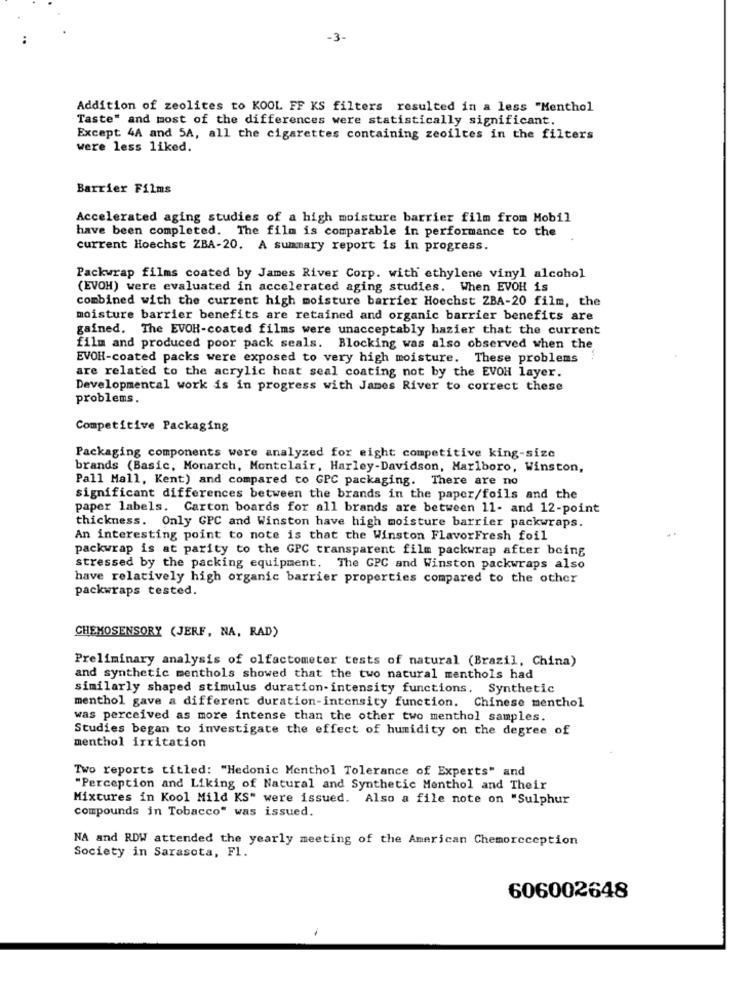
-3-
Addition of zeolites to KOOL FF KS filters resulted in a less "Menthol
Taste" and most of the differences were statistically significant.
Except 4A and 5A, all the cigarettes containing zeoiltes in the filters
were less liked.
Barrier Films
Accelerated aging studies of a high moisture barrier film from Mobil
have been completed. The film is comparable in performance to the
current Hoechst ZBA-20. A summary report is in progress.
Packwrap films coated by James River Corp. with ethylene vinyl alcohol
(EVOH) were evaluated in accelerated aging studies. When EVOH is
combined with the current high moisture barrier Hoechst ZBA-20 film, the
moisture barrier benefits are retained and organic barrier benefits are
gained. The EVOR-coated films were unacceptably hazier that the current
film and produced poor pack seals. Blocking was also observed when the
EVOH-coated packs were exposed to very high moisture. These problems
are related to the acrylic heat seal coating not by the EVOH layer.
Developmental work is in progress with James River to correct these
problems.
Competitive Packaging
Packaging components were analyzed for eight competitive king-size
brands (Basic, Monarch, Montclair, Harley-Davidson, Marlboro, Winston,
Pall Mall, Kent) and compared to GPC packaging. There are no
significant differences between the brands in the paper/foils and the
paper labels. Carton boards for all brands are between 11- and 12-point
thickness. Only GPC and Winston have high moisture barrier packwraps.
An interesting point to note is that the Winston FlavorFresh foil
packwrap is at parity to the GPC transparent film packwrap after being
stressed by the packing equipment. The GPC and Winston packwraps also
have relatively high organic barrier properties compared to the other
packwraps tested.
CHEMOSENSORY (JERF, NA, RAD)
Preliminary analysis of olfactometer tests of natural (Brazil, China)
and synthetic menthols showed that the two natural menthols had
similarly shaped stimulus duration- intensity functions. Synthetic
menthol gave a different duration-intensity function. Chinese menthol
was perceived as more intense than the other two menthol samples.
Studies began to investigate the effect of humidity on the degree of
menthol irritation
Two reports titled: "Hedonic Menthol Tolerance of Experts" and
"Perception and Liking of Natural and Synthetic Menthol and Their
Mixtures in Kool Mild KS" were issued. Also a file note on "Sulphur
compounds in Tobacco" was issued.
NA and RDW attended the yearly meeting of the American Chemoreception
Society in Sarasota, Fl.
606002648